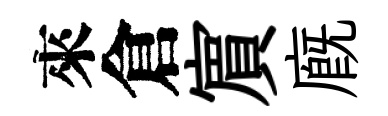
來倉賔廐